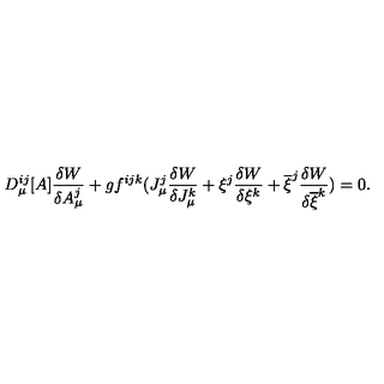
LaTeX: D _ { \mu } ^ { i j } [ A ] \frac { \delta W } { \delta A _ { \mu } ^ { j } } + g f ^ { i j k } ( J _ { \mu } ^ { j } \frac { \delta W } { \delta J _ { \mu } ^ { k } } + \xi ^ { j } \frac { \delta W } { \delta \xi ^ { k } } + \overline { { \xi } } ^ { j } \frac { \delta W } { \delta \overline { { \xi } } ^ { k } } ) = 0 .